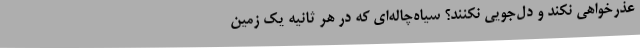
عذرخواهی نکند و دل‌جویی نکنند؟ سیاه‌چاله‌ای که در هر ثانیه یک زمین